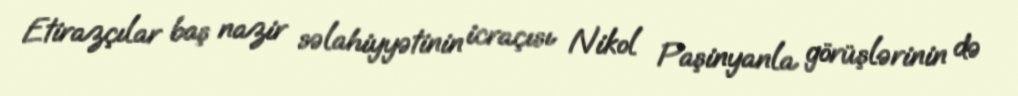
Etirazçılar baş nazir səlahiyyətinin icraçısı Nikol Paşinyanla görüşlərinin də